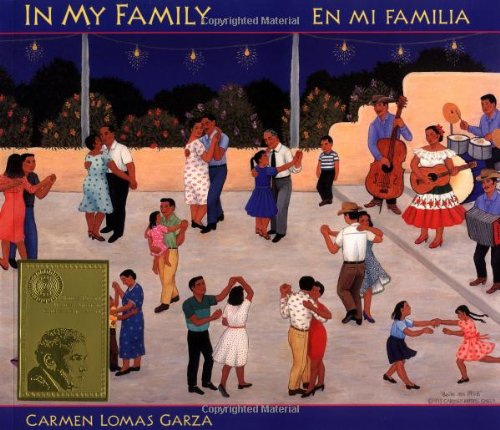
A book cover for In My Family: En mi familia (English and Spanish Edition); Children's Books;